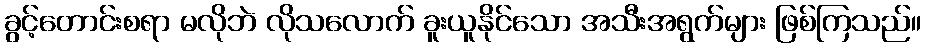
ခွင့်တောင်းစရာ မလိုဘဲ လိုသလောက် ခူးယူနိုင်သော အသီးအရွက်များ ဖြစ်ကြသည်။